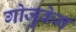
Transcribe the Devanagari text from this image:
गोजुकेन